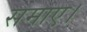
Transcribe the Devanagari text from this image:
समाए।